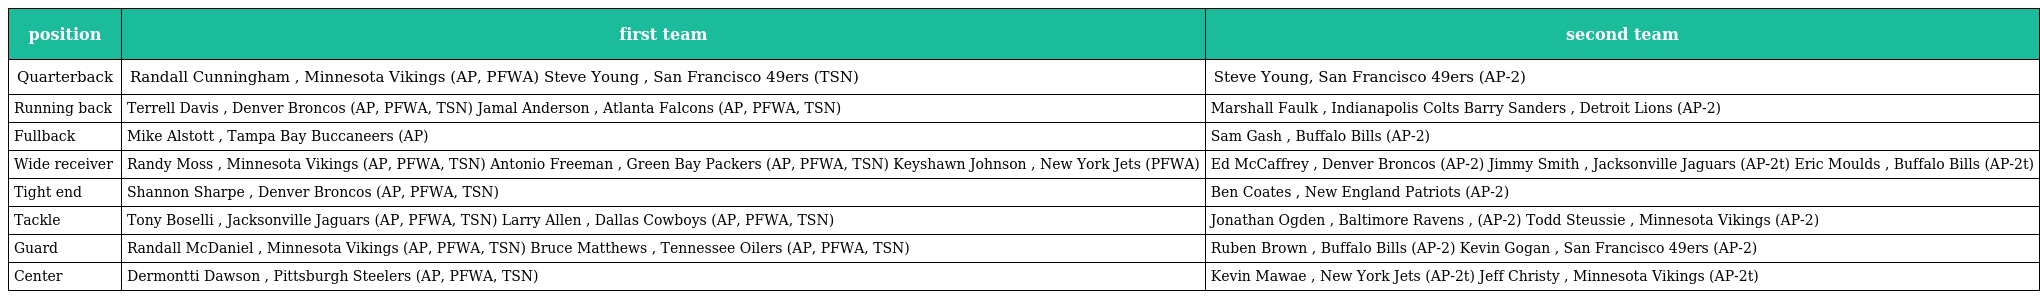
| position | first team | second team |
 | --- | --- | --- |
 | Quarterback | Randall Cunningham , Minnesota Vikings (AP, PFWA) Steve Young , San Francisco 49ers (TSN) | Steve Young, San Francisco 49ers (AP-2) |
 | Running back | Terrell Davis , Denver Broncos (AP, PFWA, TSN) Jamal Anderson , Atlanta Falcons (AP, PFWA, TSN) | Marshall Faulk , Indianapolis Colts Barry Sanders , Detroit Lions (AP-2) |
 | Fullback | Mike Alstott , Tampa Bay Buccaneers (AP) | Sam Gash , Buffalo Bills (AP-2) |
 | Wide receiver | Randy Moss , Minnesota Vikings (AP, PFWA, TSN) Antonio Freeman , Green Bay Packers (AP, PFWA, TSN) Keyshawn Johnson , New York Jets (PFWA) | Ed McCaffrey , Denver Broncos (AP-2) Jimmy Smith , Jacksonville Jaguars (AP-2t) Eric Moulds , Buffalo Bills (AP-2t) |
 | Tight end | Shannon Sharpe , Denver Broncos (AP, PFWA, TSN) | Ben Coates , New England Patriots (AP-2) |
 | Tackle | Tony Boselli , Jacksonville Jaguars (AP, PFWA, TSN) Larry Allen , Dallas Cowboys (AP, PFWA, TSN) | Jonathan Ogden , Baltimore Ravens , (AP-2) Todd Steussie , Minnesota Vikings (AP-2) |
 | Guard | Randall McDaniel , Minnesota Vikings (AP, PFWA, TSN) Bruce Matthews , Tennessee Oilers (AP, PFWA, TSN) | Ruben Brown , Buffalo Bills (AP-2) Kevin Gogan , San Francisco 49ers (AP-2) |
 | Center | Dermontti Dawson , Pittsburgh Steelers (AP, PFWA, TSN) | Kevin Mawae , New York Jets (AP-2t) Jeff Christy , Minnesota Vikings (AP-2t) |